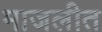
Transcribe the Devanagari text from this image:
माजलीत